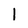
Character: 1